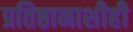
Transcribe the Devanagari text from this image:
प्रतिष्ठानाशीही